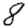
Digit: 8